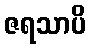
ဇရသာပိ